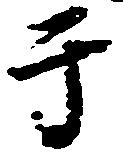
于